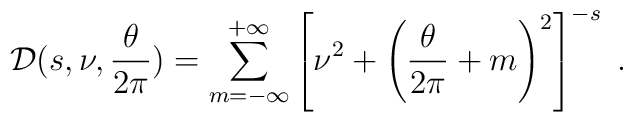
{\cal D} (s,\nu, {\theta\over 2\pi}) = \sum_{m=-\infty}^{+\infty}\left[ \nu^2 +\left({\theta\over 2\pi}+m \right)^2 \right]^{-s} \;.